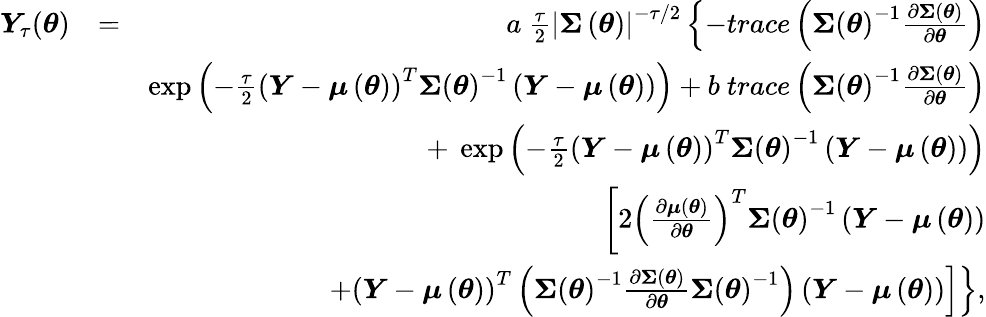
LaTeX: \begin{array}{rlr}{\boldsymbol{Y}_{\tau}(\boldsymbol{\theta})}&{=}&{a\mathrm{~}\frac{\tau}{2}\left\vert\boldsymbol{\Sigma}\left(\boldsymbol{\theta}\right)\right\vert^{-\tau/2}\left\{ -trace\left(\boldsymbol{\Sigma}\left(\boldsymbol{\theta}\right)^{-1}\frac{\partial\boldsymbol{\Sigma}\left(\boldsymbol{\theta}\right)}{\partial\boldsymbol{\theta}}\right)\right.}\\ &{}&{\left.\exp\left(-\frac{\tau}{2}\left(\boldsymbol{Y}-\boldsymbol{\mu}\left(\boldsymbol{\theta}\right)\right)^{T}\boldsymbol{\Sigma}\left(\boldsymbol{\theta}\right)^{-1}\left(\boldsymbol{Y}-\boldsymbol{\mu}\left(\boldsymbol{\theta}\right)\right)\right)+b\mathrm{~}trace\left(\boldsymbol{\Sigma}\left(\boldsymbol{\theta}\right)^{-1}\frac{\partial\boldsymbol{\Sigma}\left(\boldsymbol{\theta}\right)}{\partial\boldsymbol{\theta}}\right)\right.}\\ &{}&{\left.+\mathrm{~}\exp\left(-\frac{\tau}{2}\left(\boldsymbol{Y}-\boldsymbol{\mu}\left(\boldsymbol{\theta}\right)\right)^{T}\boldsymbol{\Sigma}\left(\boldsymbol{\theta}\right)^{-1}\left(\boldsymbol{Y}-\boldsymbol{\mu}\left(\boldsymbol{\theta}\right)\right)\right)\right.}\\ &{}&{\left[2\left(\frac{\partial\boldsymbol{\mu}\left(\boldsymbol{\theta}\right)}{\partial\boldsymbol{\theta}}\right)^{T}\boldsymbol{\Sigma}\left(\boldsymbol{\theta}\right)^{-1}\left(\boldsymbol{Y}-\boldsymbol{\mu}\left(\boldsymbol{\theta}\right)\right)\right.}\\ &{}&{\left.\left.+\left(\boldsymbol{Y}-\boldsymbol{\mu}\left(\boldsymbol{\theta}\right)\right)^{T}\left(\boldsymbol{\Sigma}\left(\boldsymbol{\theta}\right)^{-1}\frac{\partial\boldsymbol{\Sigma}\left(\boldsymbol{\theta}\right)}{\partial\boldsymbol{\theta}}\boldsymbol{\Sigma}\left(\boldsymbol{\theta}\right)^{-1}\right)\left(\boldsymbol{Y}-\boldsymbol{\mu}\left(\boldsymbol{\theta}\right)\right)\right]\right\} ,}\end{array}